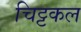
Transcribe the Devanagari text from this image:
चिट्टकल